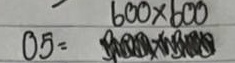
05 = 600 x 600